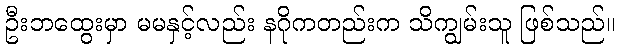
ဦးဘထွေးမှာ မမနှင့်လည်း နဂိုကတည်းက သိကျွမ်းသူ ဖြစ်သည်။